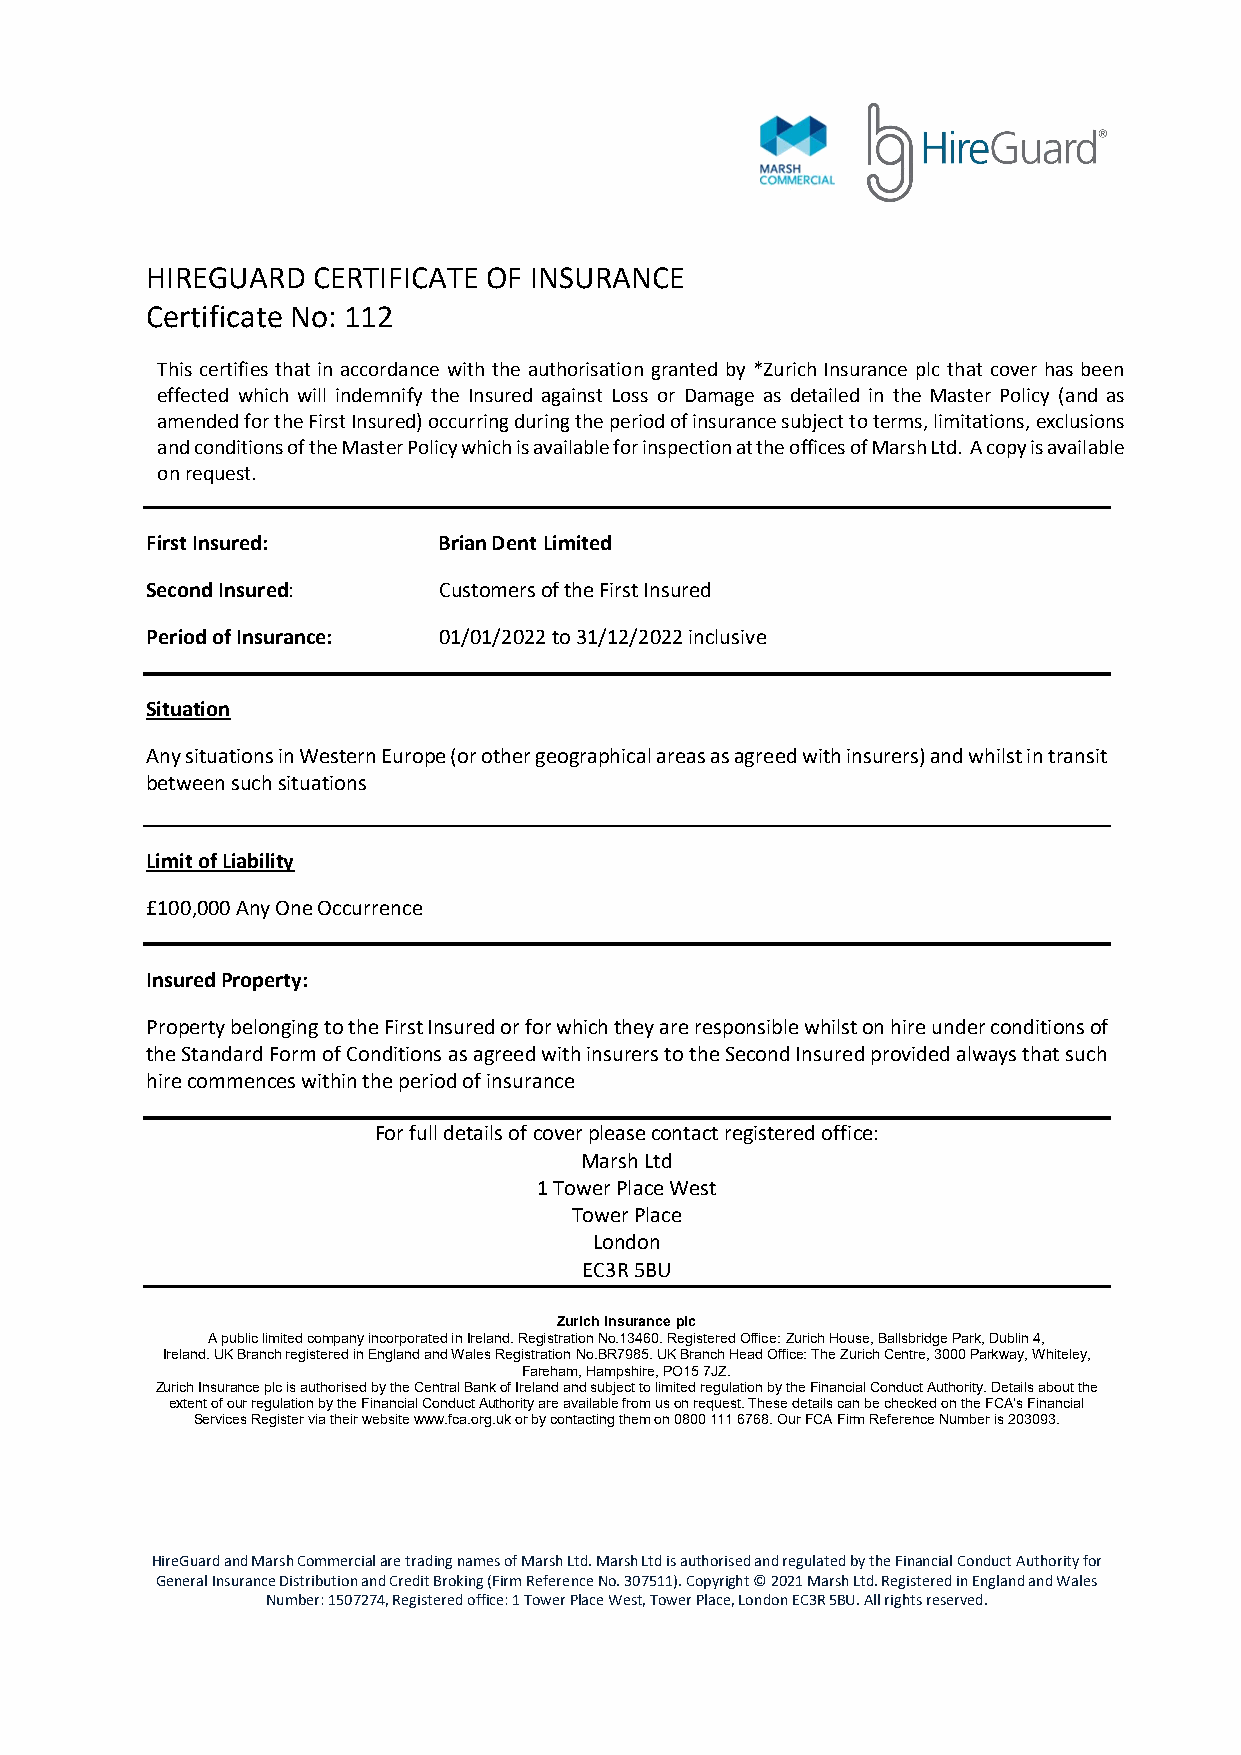
HIREGUARD  CERTIFICATE OF INSURANCE
 Certificate No: 112
 This certifies that in accordance with the authorisation granted by *Zurich Insurance plc that cover has been
 effected which will indemnify the Insured against Loss or Damage as detailed in the Master Policy (and as
 amended for the First Insured) occurring during the period of insurance subject to terms, limitations, exclusions
 and conditions of the Master Policy which is available for inspection at the offices of Marsh Ltd. A copy is available
 on request.
 First Insured:     Brian Dent Limited
 Second Insured:    Customers of the First Insured
 Period of Insurance: 01/01/2022 to 31/12/2022 inclusive
 Situation
 Any situations in Western Europe (or other geographical areas as agreed with insurers) and whilst in transit
 between such situations
 Limit of Liability
 £100,000 Any One Occurrence
 Insured Property:
 Property belonging to the First Insured or for which they are responsible whilst on hire under conditions of
 the Standard Form of Conditions as agreed with insurers to the Second Insured provided always that such
 hire commences within the period of insurance
 For full details of cover please contact registered office:
 Marsh Ltd
 1 Tower Place West
 Tower Place
 London
 EC3R 5BU
 Zurich Insurance plc
 A public limited company incorporated in Ireland. Registration No.13460. Registered Office: Zurich House, Ballsbridge Park, Dublin 4,
 Ireland. UK Branch registered in England and Wales Registration No.BR7985. UK Branch Head Office: The Zurich Centre, 3000 Parkway, Whiteley,
 Fareham, Hampshire, PO15 7JZ.
 Zurich Insurance plc is authorised by the Central Bank of Ireland and subject to limited regulation by the Financial Conduct Authority. Details about the
 extent of our regulation by the Financial Conduct Authority are available from us on request. These details can be checked on the FCA’s Financial
 Services Register via their website www.fca.org.uk or by contacting them on 0800 111 6768. Our FCA Firm Reference Number is 203093.
 HireGuard and Marsh Commercial are trading names of Marsh Ltd. Marsh Ltd is authorised and regulated by the Financial Conduct Authority for
 General Insurance Distribution and Credit Broking (Firm Reference No. 307511). Copyright © 2021 Marsh Ltd. Registered in England and Wales
 Number: 1507274, Registered office: 1 Tower Place West, Tower Place, London EC3R 5BU. All rights reserved.